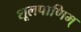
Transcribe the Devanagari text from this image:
शूलपाणिम्